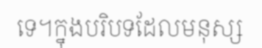
ទេ។ក្នុងបរិបទដែលមនុស្ស